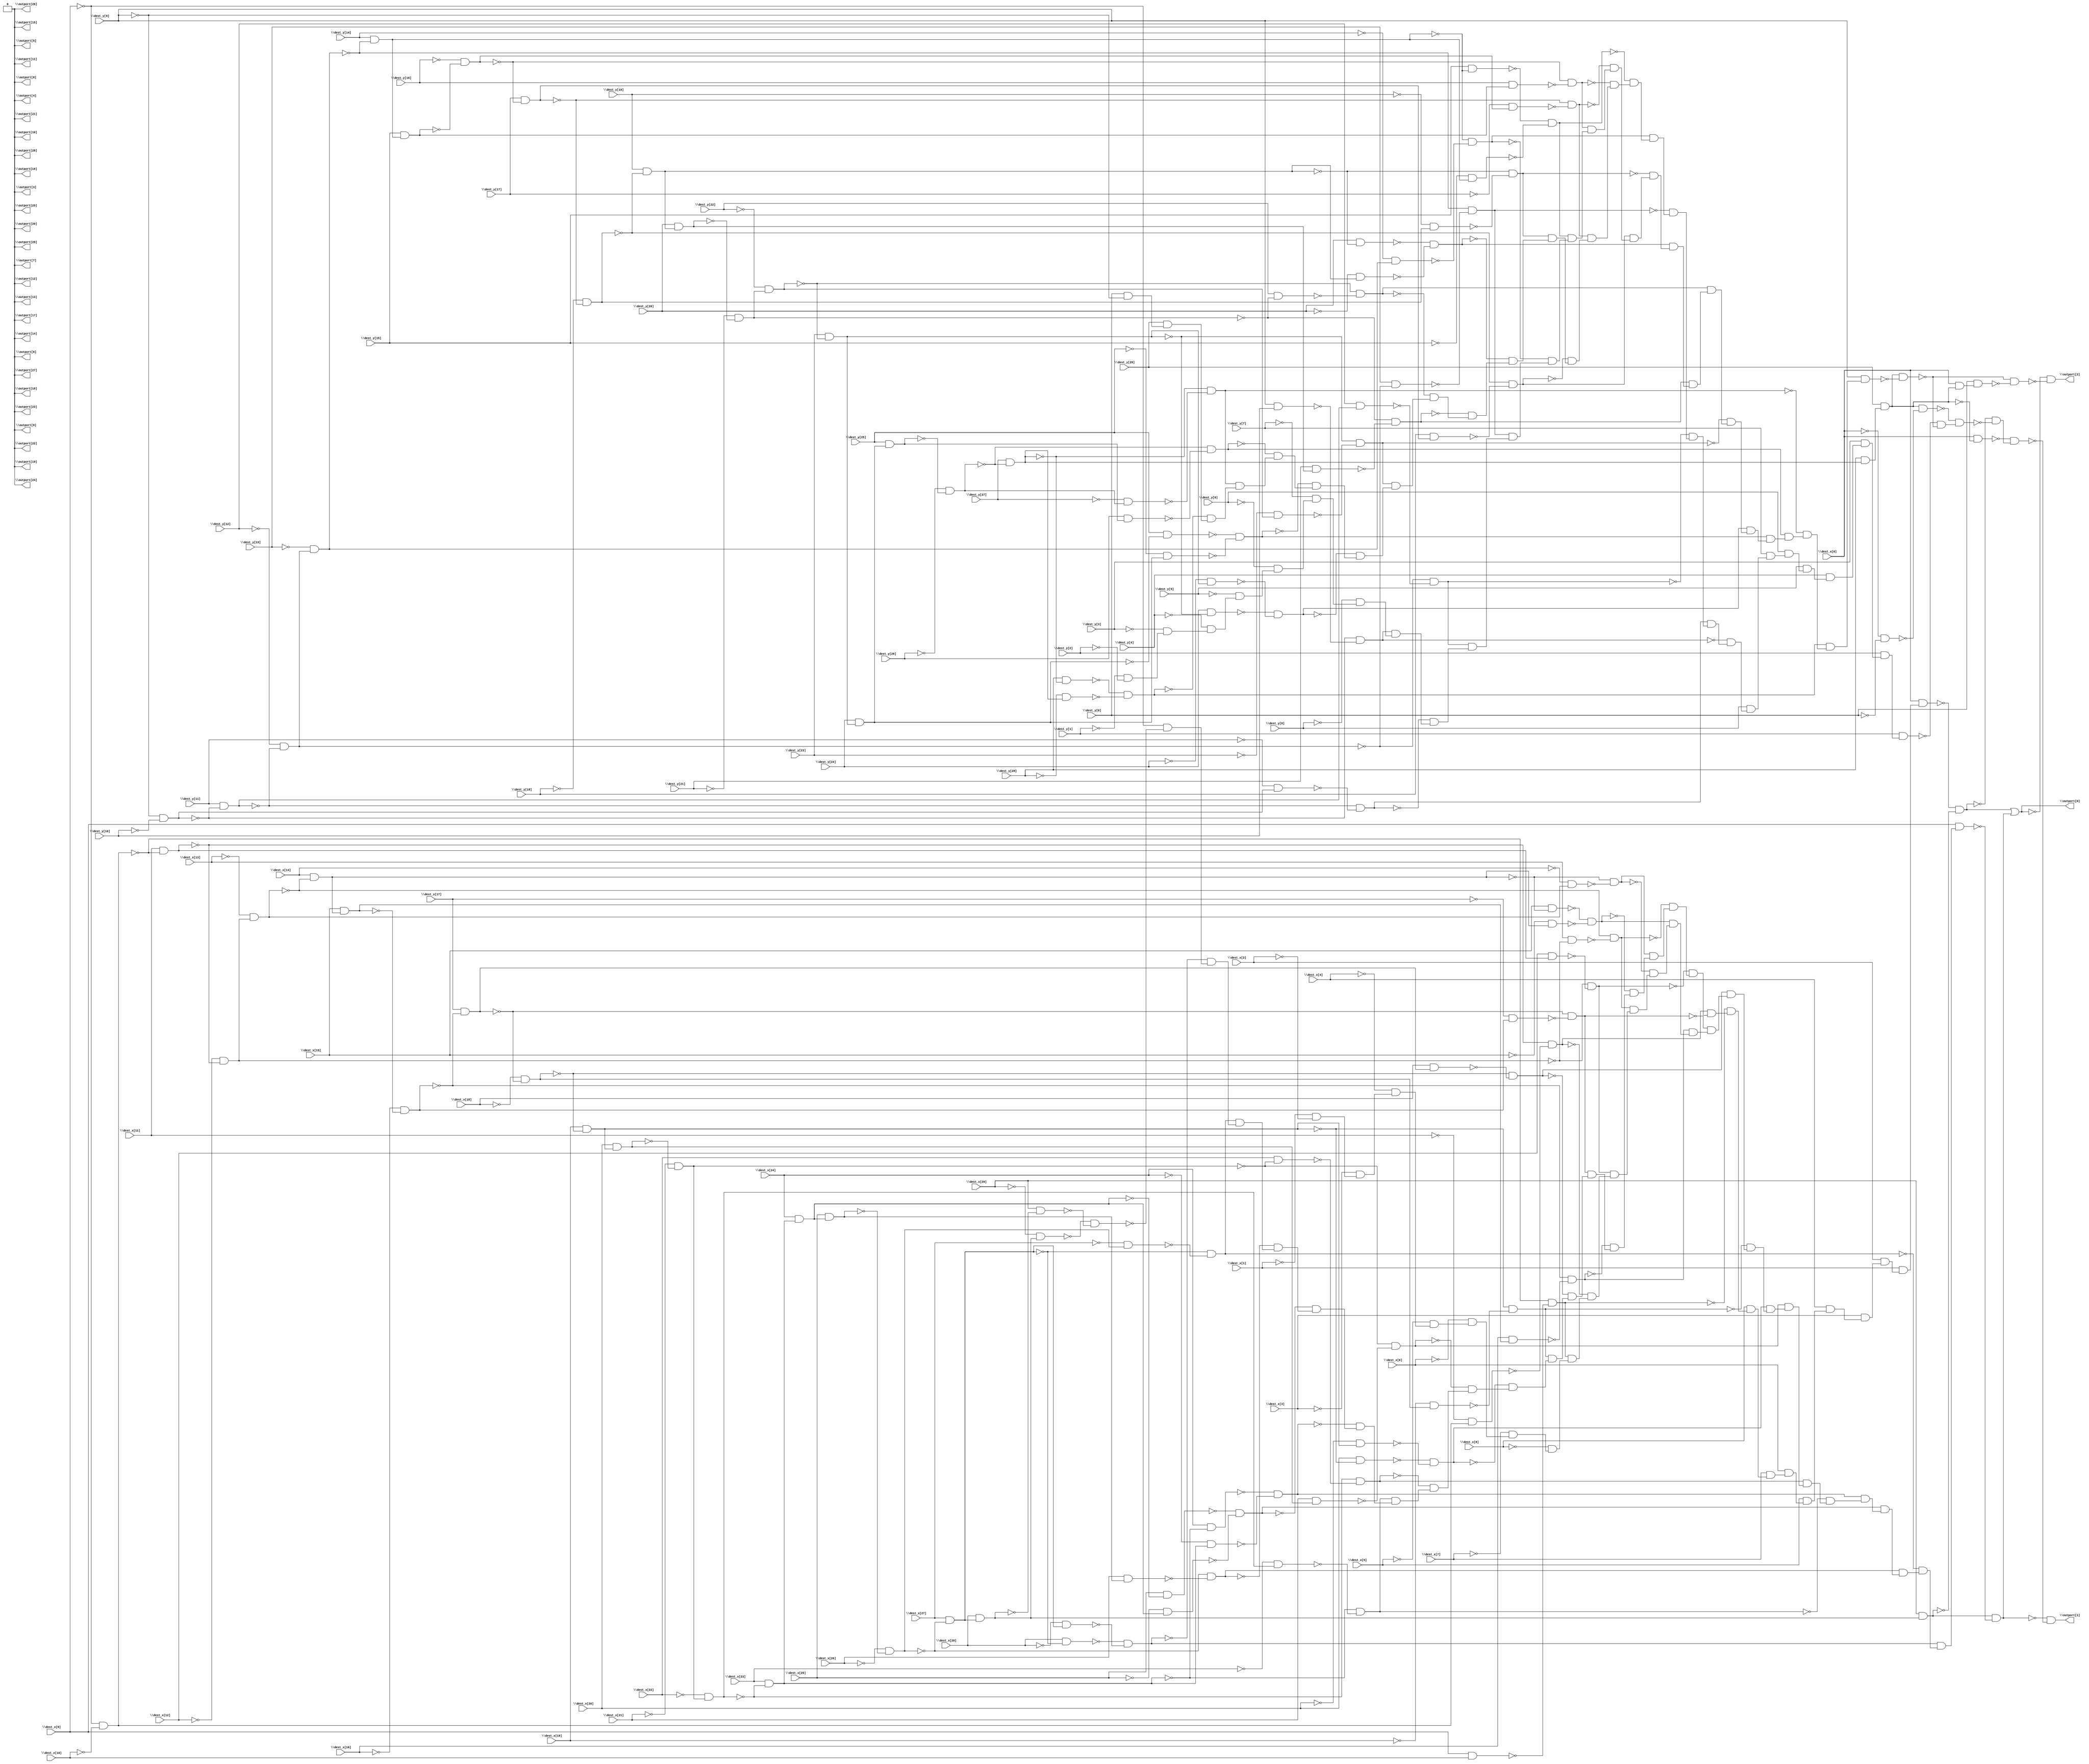
module top ( 
    \dest_x[0] , \dest_x[1] , \dest_x[2] , \dest_x[3] , \dest_x[4] ,
    \dest_x[5] , \dest_x[6] , \dest_x[7] , \dest_x[8] , \dest_x[9] ,
    \dest_x[10] , \dest_x[11] , \dest_x[12] , \dest_x[13] , \dest_x[14] ,
    \dest_x[15] , \dest_x[16] , \dest_x[17] , \dest_x[18] , \dest_x[19] ,
    \dest_x[20] , \dest_x[21] , \dest_x[22] , \dest_x[23] , \dest_x[24] ,
    \dest_x[25] , \dest_x[26] , \dest_x[27] , \dest_x[28] , \dest_x[29] ,
    \dest_y[0] , \dest_y[1] , \dest_y[2] , \dest_y[3] , \dest_y[4] ,
    \dest_y[5] , \dest_y[6] , \dest_y[7] , \dest_y[8] , \dest_y[9] ,
    \dest_y[10] , \dest_y[11] , \dest_y[12] , \dest_y[13] , \dest_y[14] ,
    \dest_y[15] , \dest_y[16] , \dest_y[17] , \dest_y[18] , \dest_y[19] ,
    \dest_y[20] , \dest_y[21] , \dest_y[22] , \dest_y[23] , \dest_y[24] ,
    \dest_y[25] , \dest_y[26] , \dest_y[27] , \dest_y[28] , \dest_y[29] ,
    \outport[0] , \outport[1] , \outport[2] , \outport[3] , \outport[4] ,
    \outport[5] , \outport[6] , \outport[7] , \outport[8] , \outport[9] ,
    \outport[10] , \outport[11] , \outport[12] , \outport[13] ,
    \outport[14] , \outport[15] , \outport[16] , \outport[17] ,
    \outport[18] , \outport[19] , \outport[20] , \outport[21] ,
    \outport[22] , \outport[23] , \outport[24] , \outport[25] ,
    \outport[26] , \outport[27] , \outport[28] , \outport[29]   );
  input  \dest_x[0] , \dest_x[1] , \dest_x[2] , \dest_x[3] , \dest_x[4] ,
    \dest_x[5] , \dest_x[6] , \dest_x[7] , \dest_x[8] , \dest_x[9] ,
    \dest_x[10] , \dest_x[11] , \dest_x[12] , \dest_x[13] , \dest_x[14] ,
    \dest_x[15] , \dest_x[16] , \dest_x[17] , \dest_x[18] , \dest_x[19] ,
    \dest_x[20] , \dest_x[21] , \dest_x[22] , \dest_x[23] , \dest_x[24] ,
    \dest_x[25] , \dest_x[26] , \dest_x[27] , \dest_x[28] , \dest_x[29] ,
    \dest_y[0] , \dest_y[1] , \dest_y[2] , \dest_y[3] , \dest_y[4] ,
    \dest_y[5] , \dest_y[6] , \dest_y[7] , \dest_y[8] , \dest_y[9] ,
    \dest_y[10] , \dest_y[11] , \dest_y[12] , \dest_y[13] , \dest_y[14] ,
    \dest_y[15] , \dest_y[16] , \dest_y[17] , \dest_y[18] , \dest_y[19] ,
    \dest_y[20] , \dest_y[21] , \dest_y[22] , \dest_y[23] , \dest_y[24] ,
    \dest_y[25] , \dest_y[26] , \dest_y[27] , \dest_y[28] , \dest_y[29] ;
  output \outport[0] , \outport[1] , \outport[2] , \outport[3] , \outport[4] ,
    \outport[5] , \outport[6] , \outport[7] , \outport[8] , \outport[9] ,
    \outport[10] , \outport[11] , \outport[12] , \outport[13] ,
    \outport[14] , \outport[15] , \outport[16] , \outport[17] ,
    \outport[18] , \outport[19] , \outport[20] , \outport[21] ,
    \outport[22] , \outport[23] , \outport[24] , \outport[25] ,
    \outport[26] , \outport[27] , \outport[28] , \outport[29] ;
  wire n92, n93, n94, n95, n96, n97, n98, n99, n100, n101, n102, n103, n104,
    n105, n106, n107, n108, n109, n110, n111, n112, n113, n114, n115, n116,
    n117, n118, n119, n120, n121, n122, n123, n124, n125, n126, n127, n128,
    n129, n130, n131, n132, n133, n134, n135, n136, n137, n138, n139, n140,
    n141, n142, n143, n144, n145, n146, n147, n148, n149, n150, n151, n152,
    n153, n154, n155, n156, n157, n158, n159, n160, n161, n162, n163, n164,
    n165, n166, n167, n168, n169, n170, n171, n172, n173, n174, n175, n176,
    n177, n178, n179, n180, n181, n182, n183, n184, n185, n186, n187, n188,
    n189, n190, n191, n192, n193, n194, n195, n196, n197, n198, n199, n200,
    n201, n202, n203, n204, n205, n206, n207, n208, n209, n210, n211, n212,
    n213, n214, n215, n217, n218, n219, n220, n221, n222, n223, n224, n225,
    n226, n227, n228, n229, n230, n231, n232, n233, n234, n235, n236, n237,
    n238, n239, n240, n241, n242, n243, n244, n245, n246, n247, n248, n249,
    n250, n251, n252, n253, n254, n255, n256, n257, n258, n259, n260, n261,
    n262, n263, n264, n265, n266, n267, n268, n269, n270, n271, n272, n273,
    n274, n275, n276, n277, n278, n279, n280, n281, n282, n283, n284, n285,
    n286, n287, n288, n289, n290, n291, n292, n293, n294, n295, n296, n297,
    n298, n299, n300, n301, n302, n303, n304, n305, n306, n307, n308, n309,
    n310, n311, n312, n313, n314, n315, n316, n317, n318, n319, n320, n321,
    n322, n323, n324, n325, n326, n327, n328, n329, n330, n331, n332, n333,
    n334, n335, n336, n337, n338, n339, n340, n341, n342, n343, n345, n346,
    n347;
  assign n92 = ~\dest_x[9]  & ~\dest_x[10] ;
  assign n93 = \dest_x[9]  & \dest_x[10] ;
  assign n94 = ~n92 & ~n93;
  assign n95 = \dest_x[11]  & ~n92;
  assign n96 = ~\dest_x[11]  & n92;
  assign n97 = ~n95 & ~n96;
  assign n98 = ~\dest_x[12]  & ~n95;
  assign n99 = \dest_x[12]  & n95;
  assign n100 = ~n98 & ~n99;
  assign n101 = ~\dest_x[13]  & n98;
  assign n102 = \dest_x[13]  & ~n98;
  assign n103 = ~n101 & ~n102;
  assign n104 = \dest_x[14]  & ~n101;
  assign n105 = ~\dest_x[14]  & n101;
  assign n106 = ~n104 & ~n105;
  assign n107 = \dest_x[15]  & ~n104;
  assign n108 = ~\dest_x[15]  & n104;
  assign n109 = ~n107 & ~n108;
  assign n110 = \dest_x[15]  & n104;
  assign n111 = ~\dest_x[16]  & ~n110;
  assign n112 = \dest_x[16]  & n110;
  assign n113 = ~n111 & ~n112;
  assign n114 = \dest_x[17]  & ~n111;
  assign n115 = ~\dest_x[17]  & n111;
  assign n116 = ~n114 & ~n115;
  assign n117 = ~\dest_x[18]  & ~n114;
  assign n118 = \dest_x[18]  & n114;
  assign n119 = ~n117 & ~n118;
  assign n120 = \dest_x[19]  & ~n117;
  assign n121 = ~\dest_x[19]  & n117;
  assign n122 = ~n120 & ~n121;
  assign n123 = \dest_x[20]  & ~n120;
  assign n124 = ~\dest_x[20]  & n120;
  assign n125 = ~n123 & ~n124;
  assign n126 = \dest_x[20]  & n120;
  assign n127 = ~\dest_x[21]  & ~n126;
  assign n128 = \dest_x[21]  & n126;
  assign n129 = ~n127 & ~n128;
  assign n130 = ~\dest_x[22]  & n127;
  assign n131 = \dest_x[22]  & ~n127;
  assign n132 = ~n130 & ~n131;
  assign n133 = \dest_x[23]  & ~n130;
  assign n134 = ~\dest_x[23]  & n130;
  assign n135 = ~n133 & ~n134;
  assign n136 = \dest_x[24]  & ~n133;
  assign n137 = ~\dest_x[24]  & n133;
  assign n138 = ~n136 & ~n137;
  assign n139 = \dest_x[24]  & n133;
  assign n140 = \dest_x[25]  & ~n139;
  assign n141 = ~\dest_x[25]  & n139;
  assign n142 = ~n140 & ~n141;
  assign n143 = \dest_x[25]  & n139;
  assign n144 = ~\dest_x[26]  & ~n143;
  assign n145 = \dest_x[26]  & n143;
  assign n146 = ~n144 & ~n145;
  assign n147 = \dest_x[27]  & ~n144;
  assign n148 = ~\dest_x[27]  & n144;
  assign n149 = ~n147 & ~n148;
  assign n150 = \dest_x[28]  & ~n147;
  assign n151 = ~\dest_x[28]  & n147;
  assign n152 = ~n150 & ~n151;
  assign n153 = \dest_x[28]  & n147;
  assign n154 = ~\dest_x[29]  & n153;
  assign n155 = \dest_x[29]  & ~n153;
  assign n156 = ~n154 & ~n155;
  assign n157 = ~\dest_x[9]  & ~n156;
  assign n158 = ~n152 & n157;
  assign n159 = n149 & n158;
  assign n160 = ~n146 & n159;
  assign n161 = ~n142 & n160;
  assign n162 = ~n138 & n161;
  assign n163 = n135 & n162;
  assign n164 = ~n132 & n163;
  assign n165 = ~n129 & n164;
  assign n166 = ~n125 & n165;
  assign n167 = n122 & n166;
  assign n168 = ~n119 & n167;
  assign n169 = n116 & n168;
  assign n170 = ~n113 & n169;
  assign n171 = ~n109 & n170;
  assign n172 = n106 & n171;
  assign n173 = ~n103 & n172;
  assign n174 = ~n100 & n173;
  assign n175 = n97 & n174;
  assign n176 = ~n94 & n175;
  assign n177 = \dest_x[8]  & n176;
  assign n178 = \dest_x[7]  & n177;
  assign n179 = \dest_x[6]  & n178;
  assign n180 = \dest_x[5]  & n179;
  assign n181 = \dest_x[4]  & n180;
  assign n182 = \dest_x[3]  & n181;
  assign n183 = \dest_x[2]  & n182;
  assign n184 = \dest_x[1]  & n183;
  assign n185 = \dest_x[0]  & n184;
  assign n186 = \dest_x[29]  & n153;
  assign n187 = ~n185 & ~n186;
  assign n188 = ~\dest_x[1]  & ~\dest_x[2] ;
  assign n189 = ~\dest_x[3]  & n188;
  assign n190 = ~\dest_x[4]  & n189;
  assign n191 = ~\dest_x[5]  & n190;
  assign n192 = ~\dest_x[6]  & n191;
  assign n193 = ~\dest_x[7]  & n192;
  assign n194 = ~\dest_x[8]  & n193;
  assign n195 = n94 & n194;
  assign n196 = ~n97 & n195;
  assign n197 = n100 & n196;
  assign n198 = n103 & n197;
  assign n199 = ~n106 & n198;
  assign n200 = n109 & n199;
  assign n201 = n113 & n200;
  assign n202 = ~n116 & n201;
  assign n203 = n119 & n202;
  assign n204 = ~n122 & n203;
  assign n205 = n125 & n204;
  assign n206 = n129 & n205;
  assign n207 = n132 & n206;
  assign n208 = ~n135 & n207;
  assign n209 = n138 & n208;
  assign n210 = n142 & n209;
  assign n211 = n146 & n210;
  assign n212 = ~n149 & n211;
  assign n213 = n152 & n212;
  assign n214 = \dest_x[9]  & n213;
  assign n215 = n186 & ~n214;
  assign \outport[0]  = n187 | n215;
  assign n217 = ~\dest_y[9]  & ~\dest_y[10] ;
  assign n218 = \dest_y[11]  & ~n217;
  assign n219 = ~\dest_y[12]  & ~n218;
  assign n220 = ~\dest_y[13]  & n219;
  assign n221 = \dest_y[14]  & ~n220;
  assign n222 = \dest_y[15]  & n221;
  assign n223 = ~\dest_y[16]  & ~n222;
  assign n224 = \dest_y[17]  & ~n223;
  assign n225 = ~\dest_y[18]  & ~n224;
  assign n226 = \dest_y[19]  & ~n225;
  assign n227 = \dest_y[20]  & n226;
  assign n228 = ~\dest_y[21]  & ~n227;
  assign n229 = ~\dest_y[22]  & n228;
  assign n230 = \dest_y[23]  & ~n229;
  assign n231 = \dest_y[24]  & n230;
  assign n232 = \dest_y[25]  & n231;
  assign n233 = ~\dest_y[26]  & ~n232;
  assign n234 = \dest_y[27]  & ~n233;
  assign n235 = \dest_y[28]  & n234;
  assign n236 = \dest_y[29]  & n235;
  assign n237 = \dest_x[0]  & ~n236;
  assign n238 = ~\dest_x[0]  & ~\dest_y[0] ;
  assign n239 = n236 & ~n238;
  assign n240 = \dest_y[9]  & \dest_y[10] ;
  assign n241 = ~n217 & ~n240;
  assign n242 = ~\dest_y[11]  & n217;
  assign n243 = ~n218 & ~n242;
  assign n244 = \dest_y[12]  & n218;
  assign n245 = ~n219 & ~n244;
  assign n246 = \dest_y[13]  & ~n219;
  assign n247 = ~n220 & ~n246;
  assign n248 = ~\dest_y[14]  & n220;
  assign n249 = ~n221 & ~n248;
  assign n250 = \dest_y[15]  & ~n221;
  assign n251 = ~\dest_y[15]  & n221;
  assign n252 = ~n250 & ~n251;
  assign n253 = \dest_y[16]  & n222;
  assign n254 = ~n223 & ~n253;
  assign n255 = ~\dest_y[17]  & n223;
  assign n256 = ~n224 & ~n255;
  assign n257 = \dest_y[18]  & n224;
  assign n258 = ~n225 & ~n257;
  assign n259 = ~\dest_y[19]  & n225;
  assign n260 = ~n226 & ~n259;
  assign n261 = \dest_y[20]  & ~n226;
  assign n262 = ~\dest_y[20]  & n226;
  assign n263 = ~n261 & ~n262;
  assign n264 = \dest_y[21]  & n227;
  assign n265 = ~n228 & ~n264;
  assign n266 = \dest_y[22]  & ~n228;
  assign n267 = ~n229 & ~n266;
  assign n268 = ~\dest_y[23]  & n229;
  assign n269 = ~n230 & ~n268;
  assign n270 = \dest_y[24]  & ~n230;
  assign n271 = ~\dest_y[24]  & n230;
  assign n272 = ~n270 & ~n271;
  assign n273 = \dest_y[25]  & ~n231;
  assign n274 = ~\dest_y[25]  & n231;
  assign n275 = ~n273 & ~n274;
  assign n276 = \dest_y[26]  & n232;
  assign n277 = ~n233 & ~n276;
  assign n278 = ~\dest_y[27]  & n233;
  assign n279 = ~n234 & ~n278;
  assign n280 = \dest_y[28]  & ~n234;
  assign n281 = ~\dest_y[28]  & n234;
  assign n282 = ~n280 & ~n281;
  assign n283 = \dest_y[0]  & ~\dest_y[9] ;
  assign n284 = \dest_y[29]  & n283;
  assign n285 = ~n282 & n284;
  assign n286 = n279 & n285;
  assign n287 = ~n277 & n286;
  assign n288 = ~n275 & n287;
  assign n289 = ~n272 & n288;
  assign n290 = n269 & n289;
  assign n291 = ~n267 & n290;
  assign n292 = ~n265 & n291;
  assign n293 = ~n263 & n292;
  assign n294 = n260 & n293;
  assign n295 = ~n258 & n294;
  assign n296 = n256 & n295;
  assign n297 = ~n254 & n296;
  assign n298 = ~n252 & n297;
  assign n299 = n249 & n298;
  assign n300 = ~n247 & n299;
  assign n301 = ~n245 & n300;
  assign n302 = n243 & n301;
  assign n303 = ~n241 & n302;
  assign n304 = \dest_y[8]  & n303;
  assign n305 = \dest_y[7]  & n304;
  assign n306 = \dest_y[6]  & n305;
  assign n307 = \dest_y[5]  & n306;
  assign n308 = \dest_y[4]  & n307;
  assign n309 = \dest_y[3]  & n308;
  assign n310 = \dest_y[2]  & n309;
  assign n311 = \dest_y[1]  & n310;
  assign n312 = ~\dest_y[1]  & ~\dest_y[2] ;
  assign n313 = ~\dest_y[3]  & n312;
  assign n314 = ~\dest_y[4]  & n313;
  assign n315 = ~\dest_y[5]  & n314;
  assign n316 = ~\dest_y[6]  & n315;
  assign n317 = ~\dest_y[7]  & n316;
  assign n318 = ~\dest_y[8]  & n317;
  assign n319 = n241 & n318;
  assign n320 = ~n243 & n319;
  assign n321 = n245 & n320;
  assign n322 = n247 & n321;
  assign n323 = ~n249 & n322;
  assign n324 = n252 & n323;
  assign n325 = n254 & n324;
  assign n326 = ~n256 & n325;
  assign n327 = n258 & n326;
  assign n328 = ~n260 & n327;
  assign n329 = n263 & n328;
  assign n330 = n265 & n329;
  assign n331 = n267 & n330;
  assign n332 = ~n269 & n331;
  assign n333 = n272 & n332;
  assign n334 = n275 & n333;
  assign n335 = n277 & n334;
  assign n336 = ~n279 & n335;
  assign n337 = n282 & n336;
  assign n338 = \dest_y[9]  & n337;
  assign n339 = n236 & ~n338;
  assign n340 = ~n311 & ~n339;
  assign n341 = ~n239 & n340;
  assign n342 = ~n187 & ~n341;
  assign n343 = ~n237 & n342;
  assign \outport[1]  = ~n215 & ~n343;
  assign n345 = \dest_x[0]  & n236;
  assign n346 = \dest_y[0]  & n345;
  assign n347 = ~n339 & ~n346;
  assign \outport[2]  = ~\outport[0]  & ~n347;
  assign \outport[3]  = 1'b0;
  assign \outport[4]  = 1'b0;
  assign \outport[5]  = 1'b0;
  assign \outport[6]  = 1'b0;
  assign \outport[7]  = 1'b0;
  assign \outport[8]  = 1'b0;
  assign \outport[9]  = 1'b0;
  assign \outport[10]  = 1'b0;
  assign \outport[11]  = 1'b0;
  assign \outport[12]  = 1'b0;
  assign \outport[13]  = 1'b0;
  assign \outport[14]  = 1'b0;
  assign \outport[15]  = 1'b0;
  assign \outport[16]  = 1'b0;
  assign \outport[17]  = 1'b0;
  assign \outport[18]  = 1'b0;
  assign \outport[19]  = 1'b0;
  assign \outport[20]  = 1'b0;
  assign \outport[21]  = 1'b0;
  assign \outport[22]  = 1'b0;
  assign \outport[23]  = 1'b0;
  assign \outport[24]  = 1'b0;
  assign \outport[25]  = 1'b0;
  assign \outport[26]  = 1'b0;
  assign \outport[27]  = 1'b0;
  assign \outport[28]  = 1'b0;
  assign \outport[29]  = 1'b0;
endmodule